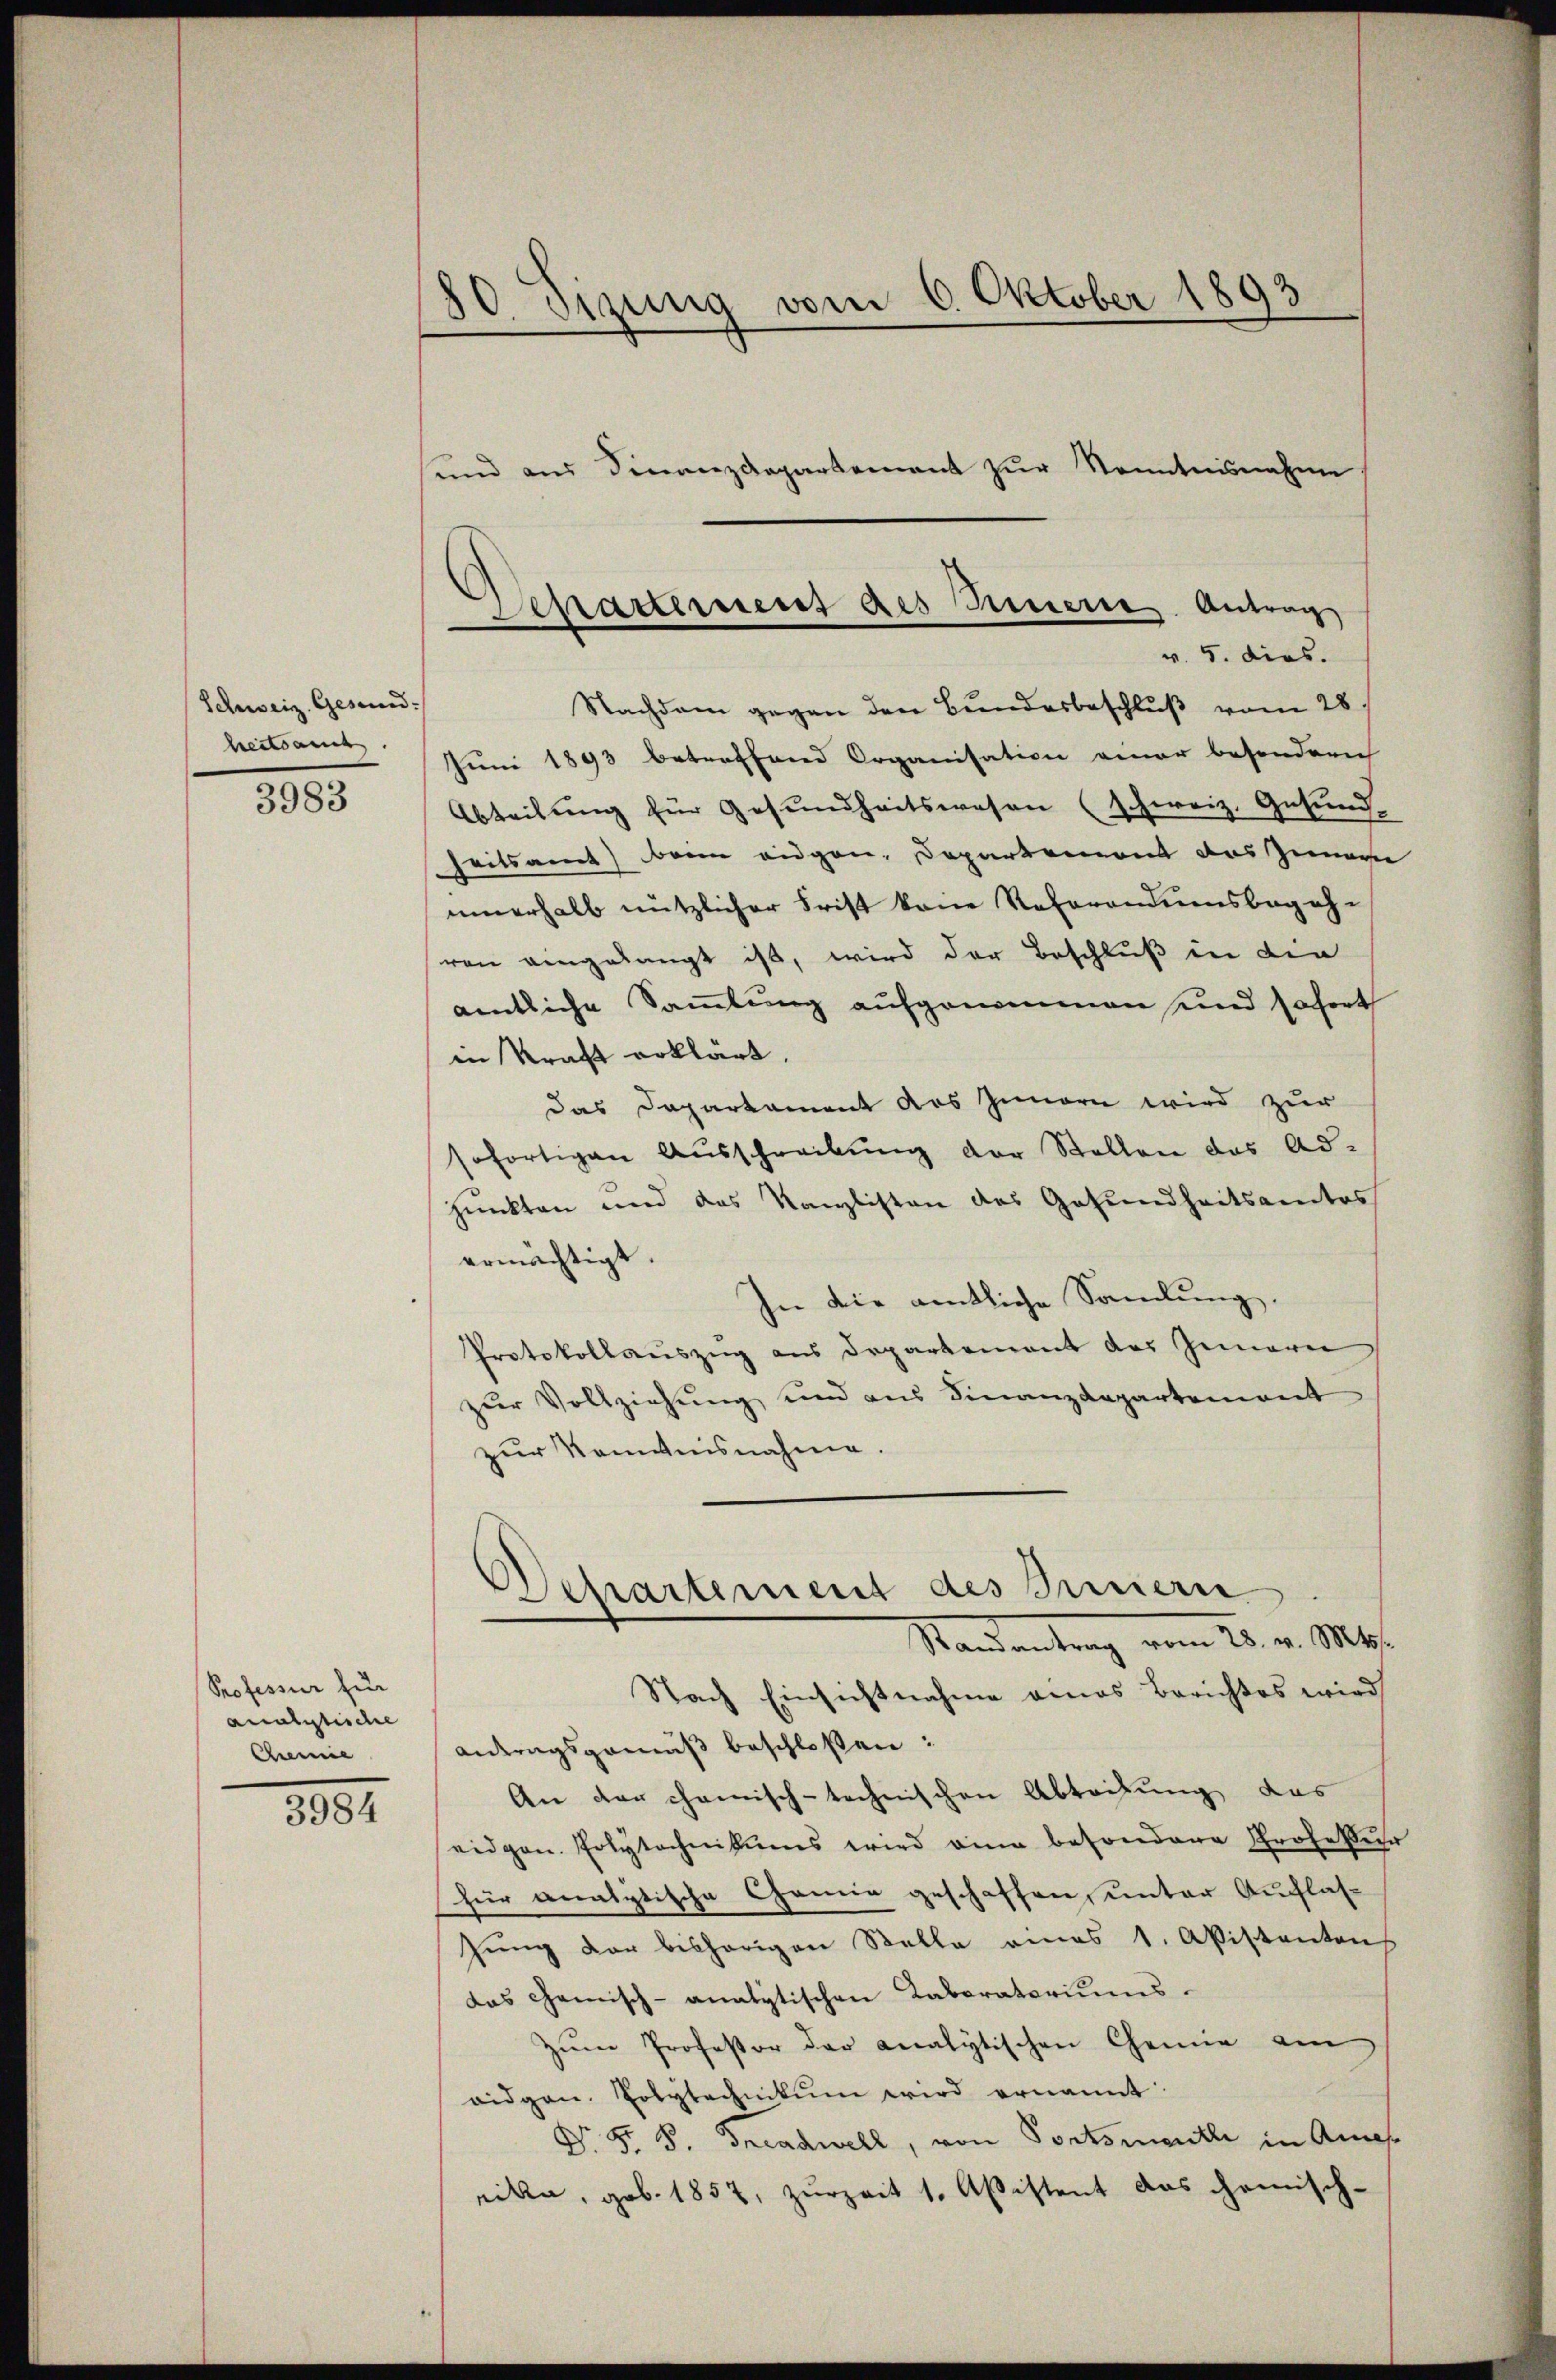
Schweiz. Gesundheitsame

3983

Professur zur
analgliche
Chemie

3984

30. Sizung vom 6. Oktober 1893
und aus Finanzdepartement zur Kenntnisnahme

Schatternent des Feuere Antrag
v. 5. dies.

Nachdem gegen den Bundesbeschluß vom 28
Juni 1893 betreffend Organisation einer besondern
Abteilung für Gesundheitswesen (Schweiz. Gesundheitsamt dann eidgen. Departemont das Zuwarte
innerhalb nützlicher Frist kann Referandumsbegehvon angelangt ist, wird der Beschluß in die
amtliche Sammlung aufgenommen und sofort
in Kraft erklärt.
das Departament des Innern wird zur
sofortigen Ausschreibung der Stollen das Ad-
punkten und das Kanzlisten des Gesundheitsamtes
ermächtigt.
In die amtliche Sammlung.
Protokollauszug aus Departement des Innerei
zŭr Vollziehung und aus Finanzdepartement
zur Kenntnisnahme.
Departement des Innern
Standentrag vom 25. v. Mts.
Nach Einsichtnahme genes Berichtes wird
Antragsgemäß beschloßen:
An der chanisch-technischen Abteilung das
eidgen. Polytechnikums wird eine besondere Profeßur
für analytische Chemie geschaffen, unter Auflasgŭng der bisherigen Stelle eines 1. Apistanten
das Chemisch-analytischen Kaboratoriums.
Zŭm Professor der analytischen Chemie am
aidgan. Polytechnikum wird ernannt:
Dr. F. P. Freudwell, von Portsmentli in Amas
eilen, geb. 1857, zurzeit 1. Aßistent das chemisch-